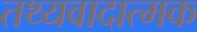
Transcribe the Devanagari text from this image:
तथ्यवादात्मक